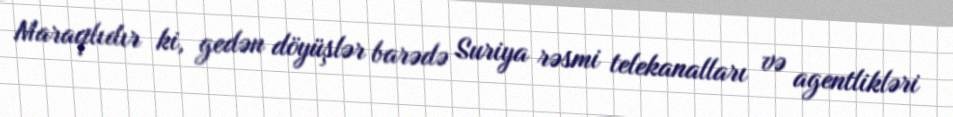
Maraqlıdır ki, gedən döyüşlər barədə Suriya rəsmi telekanalları və agentlikləri